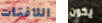
اللافتات يكون